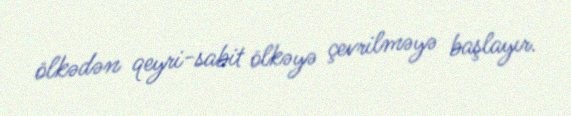
ölkədən qeyri-sabit ölkəyə çevrilməyə başlayır.